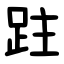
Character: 跓